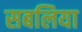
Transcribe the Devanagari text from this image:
सबलिया